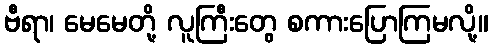
ဗီရာ၊ မေမေတို့ လူကြီးတွေ စကားပြောကြမလို့။